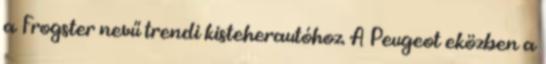
a Frogster nevű trendi kisteherautóhoz. A Peugeot eközben a